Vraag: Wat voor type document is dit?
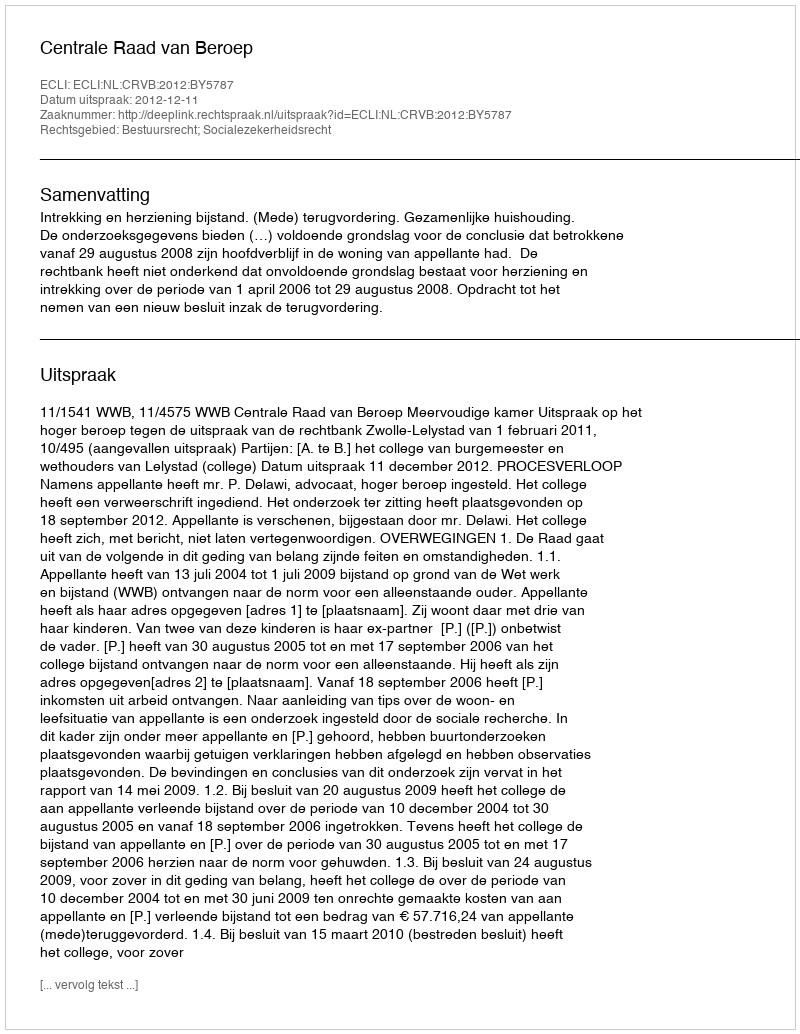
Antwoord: Uitspraak